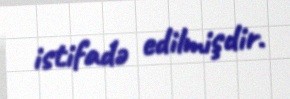
istifadə edilmişdir.